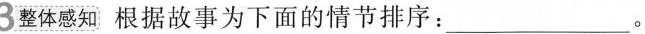
3整体感知 根据故事为下面的情节排序___。